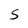
Character: S